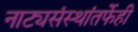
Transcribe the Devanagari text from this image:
नाट्यसंस्थांतर्फेही